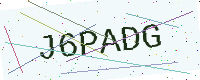
Text: J6PADG